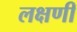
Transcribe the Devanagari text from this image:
लक्षणी